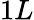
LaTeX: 1L